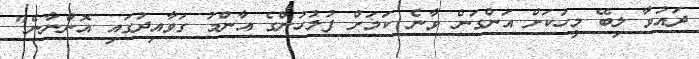
ދައުވާ ލިބޭ މީހަކަށް އަންގަން ވާނެ ކަމަށް ފުލުހުންގެ އާންމު ގަވާއިދުގައި އޮންނާނެ"